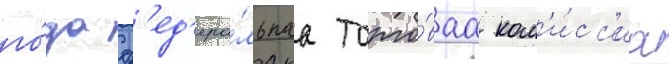
го́да ф'ед'ера́льнаа торго́ваа ком'и́сс'иа